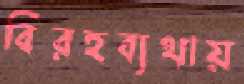
বিরহব্যথায়